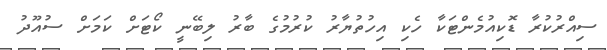
ސިއްރުކުރާ ޑޮކިއުމެންޓަކާ ހެކި އިހުތުޔާރު ކުރުމުގެ ބާރު ލިބޭނީ ކޯޓަށް ކަމަށް ސުއޫދު